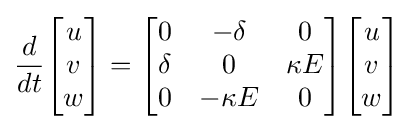
{\frac {d}{dt}}{\begin{bmatrix}u\\v\\w\\\end{bmatrix}}={\begin{bmatrix}0&-\delta &0\\\delta &0&\kappa E\\0&-\kappa E&0\end{bmatrix}}{\begin{bmatrix}u\\v\\w\\\end{bmatrix}}